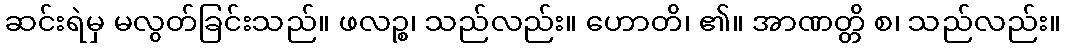
ဆင်းရဲမှ မလွတ်ခြင်းသည်။ ဖလဉ္စ၊ သည်လည်း။ ဟောတိ၊ ၏။ အာဏတ္တိ စ၊ သည်လည်း။